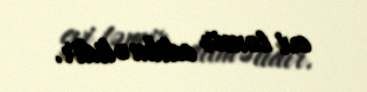
evi təmir edilməlidir.